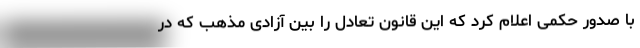
با صدور حکمی اعلام کرد که این قانون تعادل را بین آزادی مذهب که در